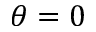
\theta = 0